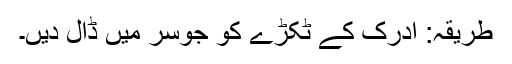
طریقہ: ادرک کے ٹکڑے کو جوسر میں ڈال دیں۔